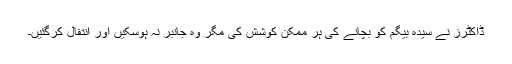
ڈاکٹرز نے سیدہ بیگم کو بچانے کی ہر ممکن کوشش کی مگر وہ جانبر نہ ہوسکیں اور انتقال کرگئیں۔